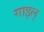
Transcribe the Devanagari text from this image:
गाइल्